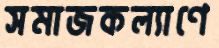
সমাজকল্যাণে